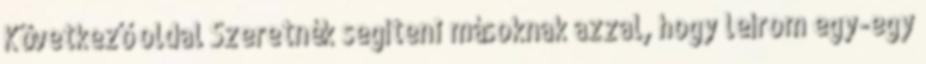
Következő oldal Szeretnék segíteni másoknak azzal, hogy leírom egy-egy